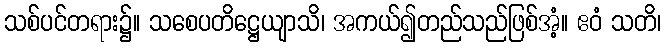
သစ်ပင်တရား၌။ သစေပတိဋ္ဌေယျာသိ၊ အကယ်၍တည်သည်ဖြစ်အံ့။ ဧဝံ သတိ၊